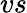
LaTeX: vs